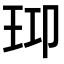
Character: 𤤑